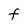
Character: f